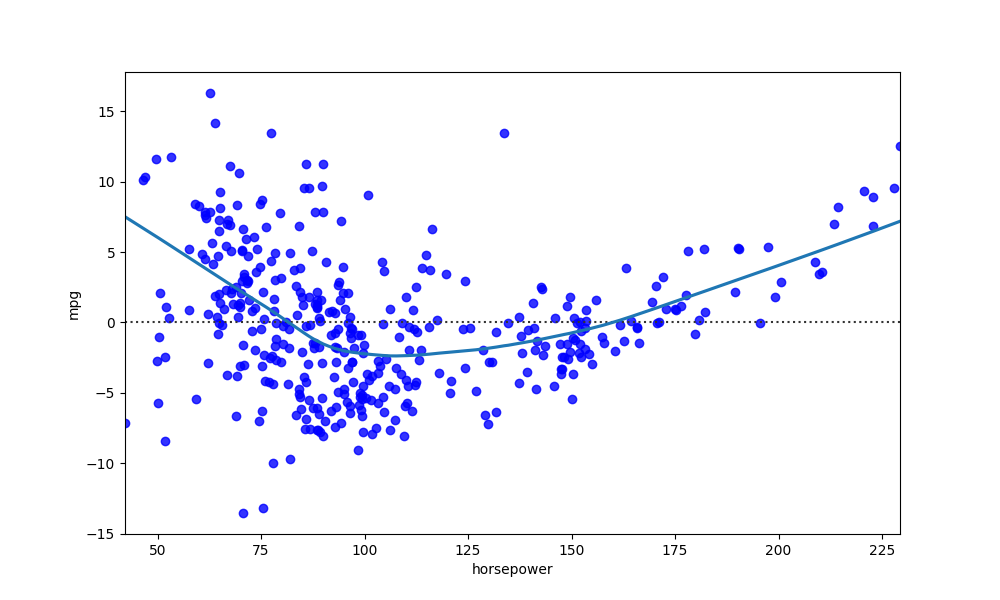
python, seaborn, residplot, lowess=True, scatter_color=blue